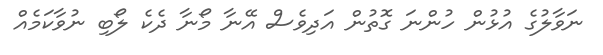
ނަވާލުގެ އުޅުން ހުންނަ ގޮތުން އަދިވެސް އޭނާ މޯނާ ދެކެ ލޯބި ނުވާކަމެއް